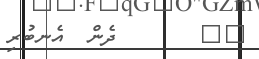
٦٠       ދެން  އެނބުރި